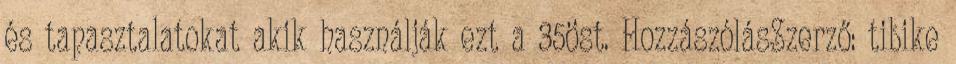
és tapasztalatokat akik használják ezt a 35öst. HozzászólásSzerző: tibike